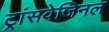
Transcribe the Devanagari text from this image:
ट्रांसवेजिनल